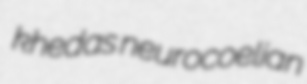
khedas neurocoelian